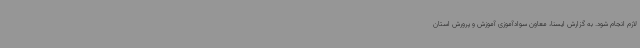
لازم انجام شود. به گزارش ایسنا، معاون سوادآموزی آموزش و پرورش استان